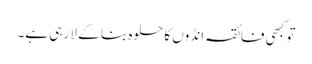
تو کبھی فائقہ انڈوں کا حلوہ بنا کے لا رہی ہے۔